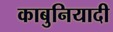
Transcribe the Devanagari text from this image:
काबुनियादी